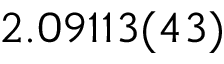
2 . 0 9 1 1 3 ( 4 3 )